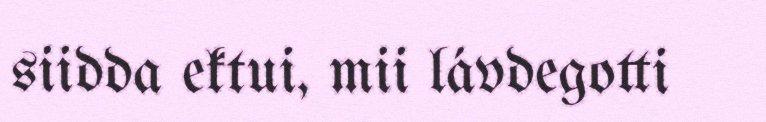
siidda ektui, mii lávdegotti